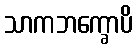
သာကဘက္ခောပိ